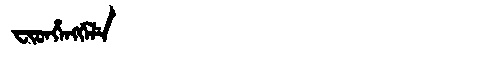
Manchu: ᠸᡳᡨᡥᡝᠩᡤᡝᠯᡝ
Romanization: FITHENGGELE